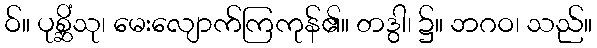
ဝ်။ ပုစ္ဆိံသု၊ မေးလျောက်ကြကုန်၏။ တဒွါ၊ ၌။ ဘဂဝ၊ သည်။